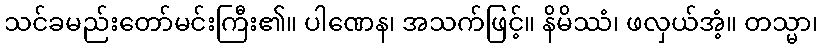
သင်ခမည်းတော်မင်းကြီး၏။ ပါဏေန၊ အသက်ဖြင့်။ နိမိဿံ၊ ဖလှယ်အံ့။ တသ္မာ၊